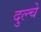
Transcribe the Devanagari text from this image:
दुल्चे